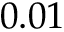
0 . 0 1